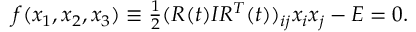
\begin{array} { r } { f ( x _ { 1 } , x _ { 2 } , x _ { 3 } ) \equiv \frac 1 2 ( R ( t ) I R ^ { T } ( t ) ) _ { i j } x _ { i } x _ { j } - E = 0 . } \end{array}